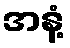
အနံ့